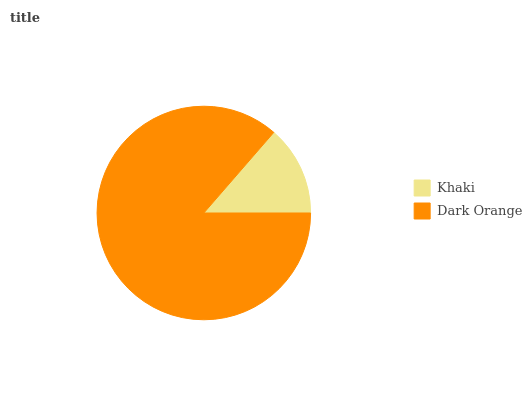
| Khaki | Dark Orange |
 | --- | --- |
 | 13.6% | 86.4% |